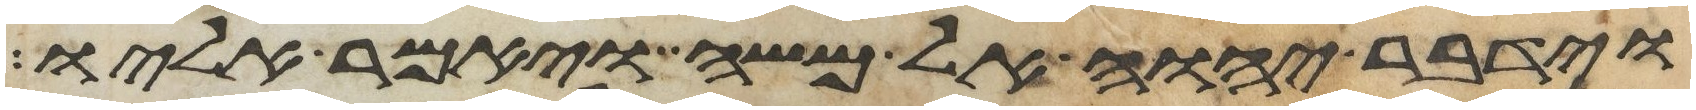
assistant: וידבר יהוה אל משה ויאמר אליו